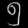
Digit: ၅